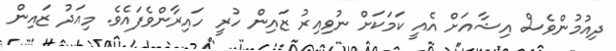
ދިއުމުންވެސް އިޝާއަށް އެއީ ކަމަކަށް ނުވިއިރު ޒައިން ހުރީ ހައިރާންވެފައެވެ. މިއަދު ޒައިން